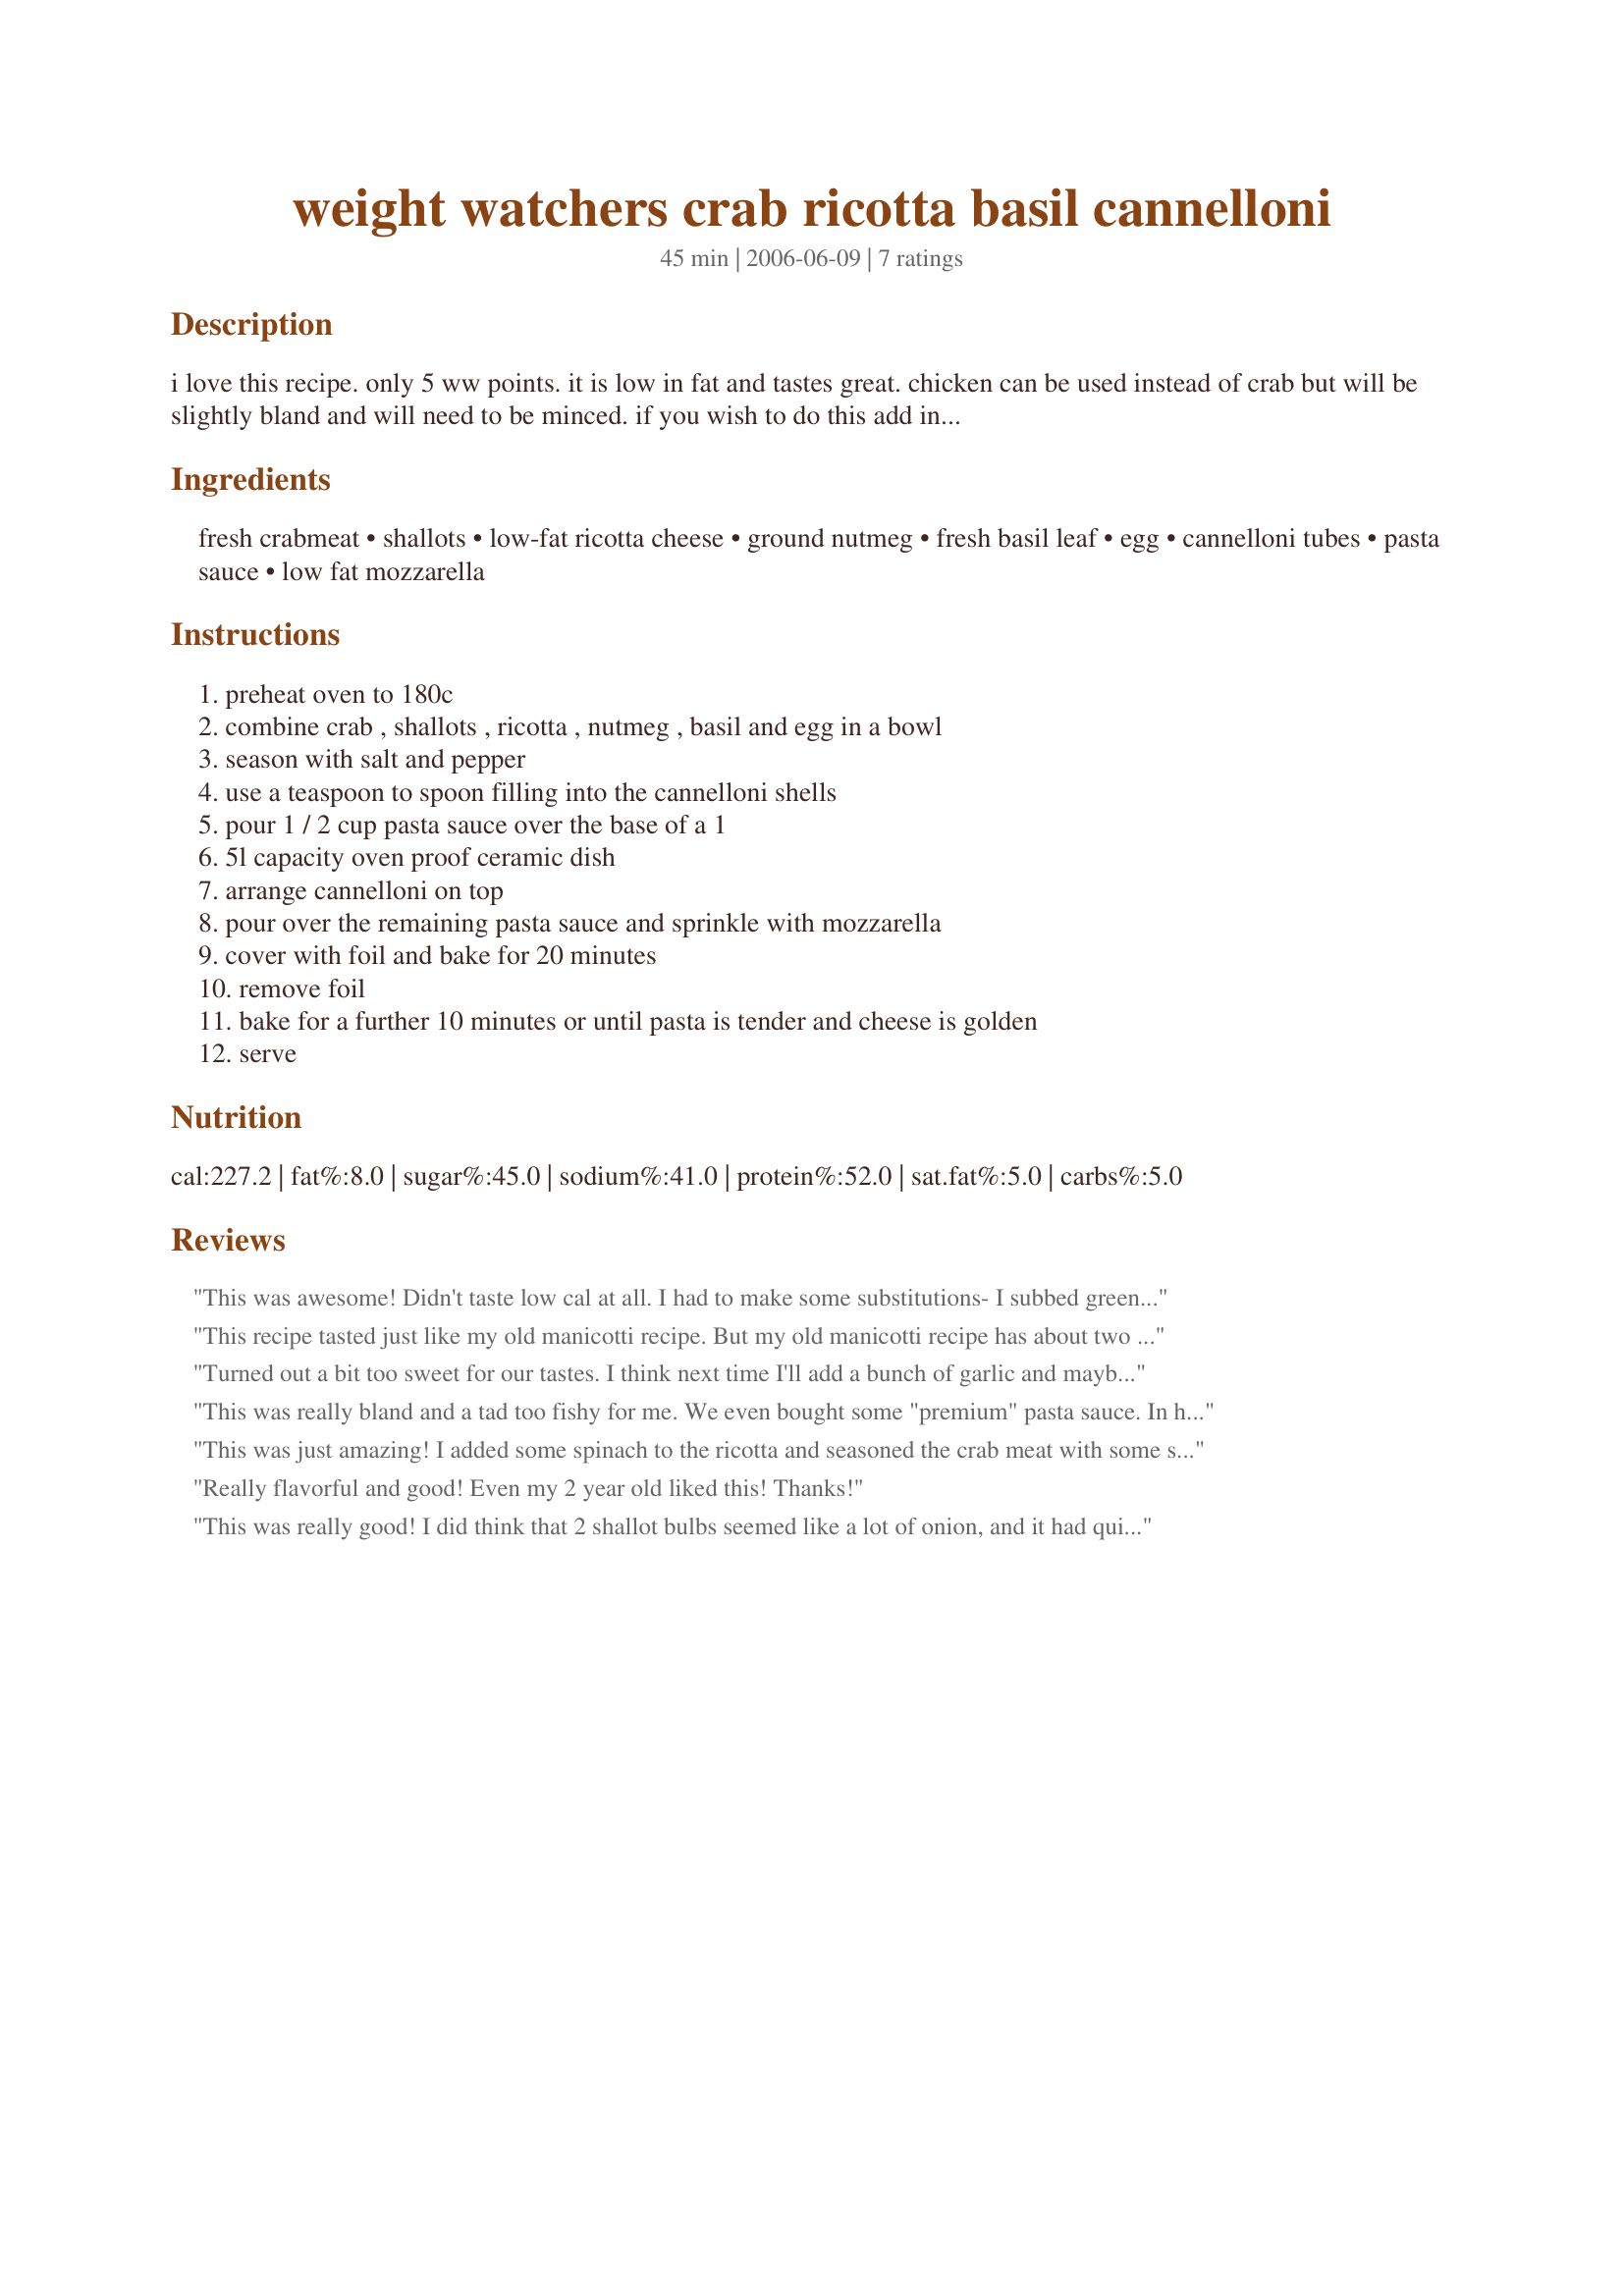
weight watchers crab ricotta basil cannelloni
Preparation time: 45 minutes

i love this recipe. only 5 ww points. it is low in fat and tastes great. chicken can be used instead of crab but will be slightly bland and will need to be minced. if you wish to do this add in some sage or garlic.

Ingredients:
fresh crabmeat, shallots, low-fat ricotta cheese, ground nutmeg, fresh basil leaf, egg, cannelloni tubes, pasta sauce, low fat mozzarella

Steps:
preheat oven to 180c, combine crab , shallots , ricotta , nutmeg , basil and egg in a bowl, season with salt and pepper, use a teaspoon to spoon filling into the cannelloni shells, pour 1 / 2 cup pasta sauce over the base of a 1, 5l capacity oven proof ceramic dish, arrange cannelloni on top, pour over the remaining pasta sauce and sprinkle with mozzarella, cover with foil and bake for 20 minutes, remove foil, bake for a further 10 minutes or until pasta is tender and cheese is golden, serve

Reviews:
This was awesome! Didn't taste low cal at all. I had to make some substitutions- I subbed green onions for shallots, and used 8 oz surimi and 8 oz of scallops. I also didn't have fresh basil so I used a little fresh oregano and a little bit of old bay. I will definitely be making this again. The tubes were a little hard to stuff but they tasted delicious. Maybe next time I'd use shells instead.
This recipe tasted just like my old manicotti recipe. But my old manicotti recipe has about two extra cups of cheese in it. The crab adds great subtle flavor and texture. This healthier recipe will definitely be taking the place of my old one. I served it with the Weight Watchers Roasted Veggies (0 points)and it was a hit!!
Turned out a bit too sweet for our tastes. I think next time I'll add a bunch of garlic and maybe garnish with a lemon.
This was really bland and a tad too fishy for me. We even bought some "premium" pasta sauce. In hindsight I would have used imitation crab as I don't like the fishy smell/taste of canned crab. I also would have put some salt and garlic in the recipe. The low fat ricotta just needed some help in the flavor department. Additionally, the recipe doesn't indicate to cook the cannelloni! This is something I think should be added in for folks who are new to cooking or don't have a lot of experience. Otherwise you'll have to add a lot more liquid and up the cooking time. I think I will try again but make my own tweaks.
This was just amazing! I added some spinach to the ricotta and seasoned the crab meat with some sea salt and garlic powder. Definitively a keeper!
Really flavorful and good! Even my 2 year old liked this! Thanks!
This was really good! I did think that 2 shallot bulbs seemed like a lot of onion, and it had quite a kick...which left me wondering if the bulbs or green part is what you intended... either way it was tasty.
